Malarial fevers
Disease focus: Malaria
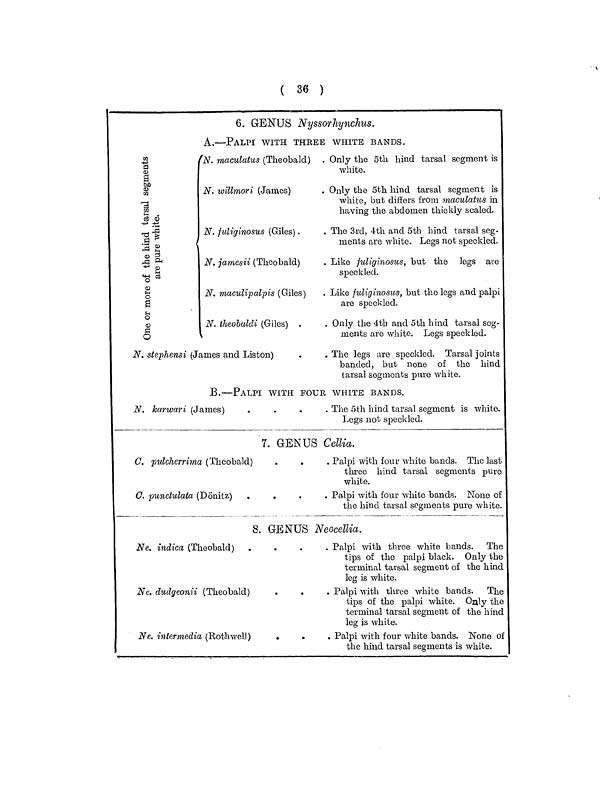
( 36 )
6. GENUS Nyssorhynchus.
A.—PALPI WITH THREE WHITE BANDS.
One of more of the hind tarasal segments
are pure white.
N. maculatus (Theobald)
N. willmori (James)
N. fuliginosus (Giles) .
N. jamesii (Theobald)
N. maculipalpis (Giles)
N. tlieobaldi (Giles) .
N. stephensi (James and Listen)
. Only the 5th hind tarsal segment is
white.
. Only the 5th hind tarsal segment ]
white, but differs from maculatus in
having the abdomen thickly scaled
. The 3rd, 4th and 5th hind tarsal seg
ments are white. Legs not speckled
. Like fuliginosus, but the legs are
speckled.
. Like fuliginosus, but the legs and pal
are speckled.
. Only the 4th and 5th hind tarsal seg
ments are white. Legs speckled.
. The legs are speckled. Tarsal join
banded, but none of the hind
tarsal segments pure white.
B.—PALPI WITH FOUR WHITE BANDS.
N. karwari (James)
. The 5th hind tarsal segment is white.
Legs not speckled.
7. GENUS Cellia.
C. pulcherrima (Theobald)
C. punclulata (Dönitz)
Palpi with four white bands. The last
three hind tarsal segments pure
white.
Palpi with four white bands. Hone of
the hind tarsal segments pure white.
8. GENUS Neocellia.
Ne. indica (Theobald)
Ne. dudgeonii (Theobald)
Ne. intermedia (Roth well)
Palpi with three white bands. The
tips of the palpi black. Only the
terminal tarsal segment of the hind
leg is white.
Palpi with three white bands. The
tips of the palpi white. Only the
terminal tarsal segment of the hind
leg is white.
Palpi
with four white bands. None of
the hind tarsal segments is white.